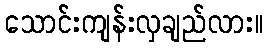
သောင်းကျန်းလှချည်လား။